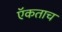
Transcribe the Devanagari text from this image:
ऍकताच